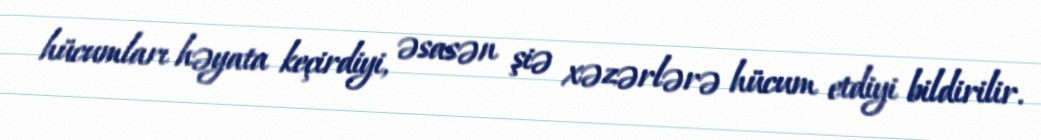
hücumları həyata keçirdiyi, əsasən şiə xəzərlərə hücum etdiyi bildirilir.